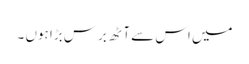
میں اس سے آٹھ برس بڑا ہوں ۔